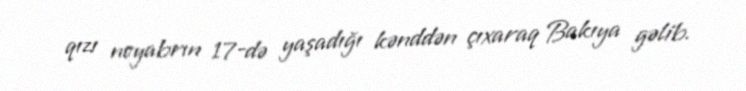
qızı noyabrın 17-də yaşadığı kənddən çıxaraq Bakıya gəlib.